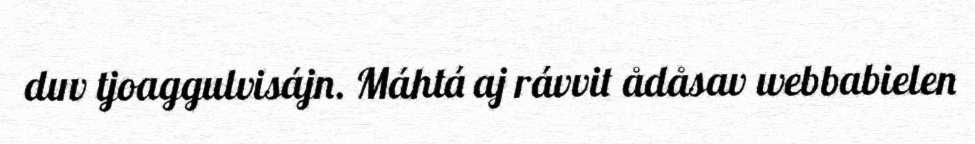
duv tjoaggulvisájn. Máhtá aj rávvit ådåsav webbabielen